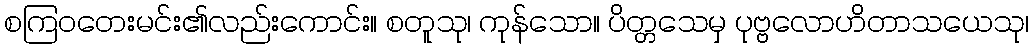
စကြဝတေးမင်း၏လည်းကောင်း။ စတူသု၊ ကုန်သော။ ပိတ္တသေမှ ပုဗ္ဗလောဟိတာသယေသု၊